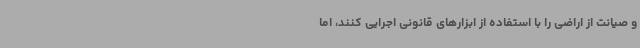
و صیانت از اراضی را با استفاده از ابزارهای قانونی اجرایی کنند، اما